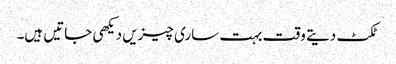
ٹکٹ دیتے وقت بہت ساری چیزیں دیکھی جاتیں ہیں۔